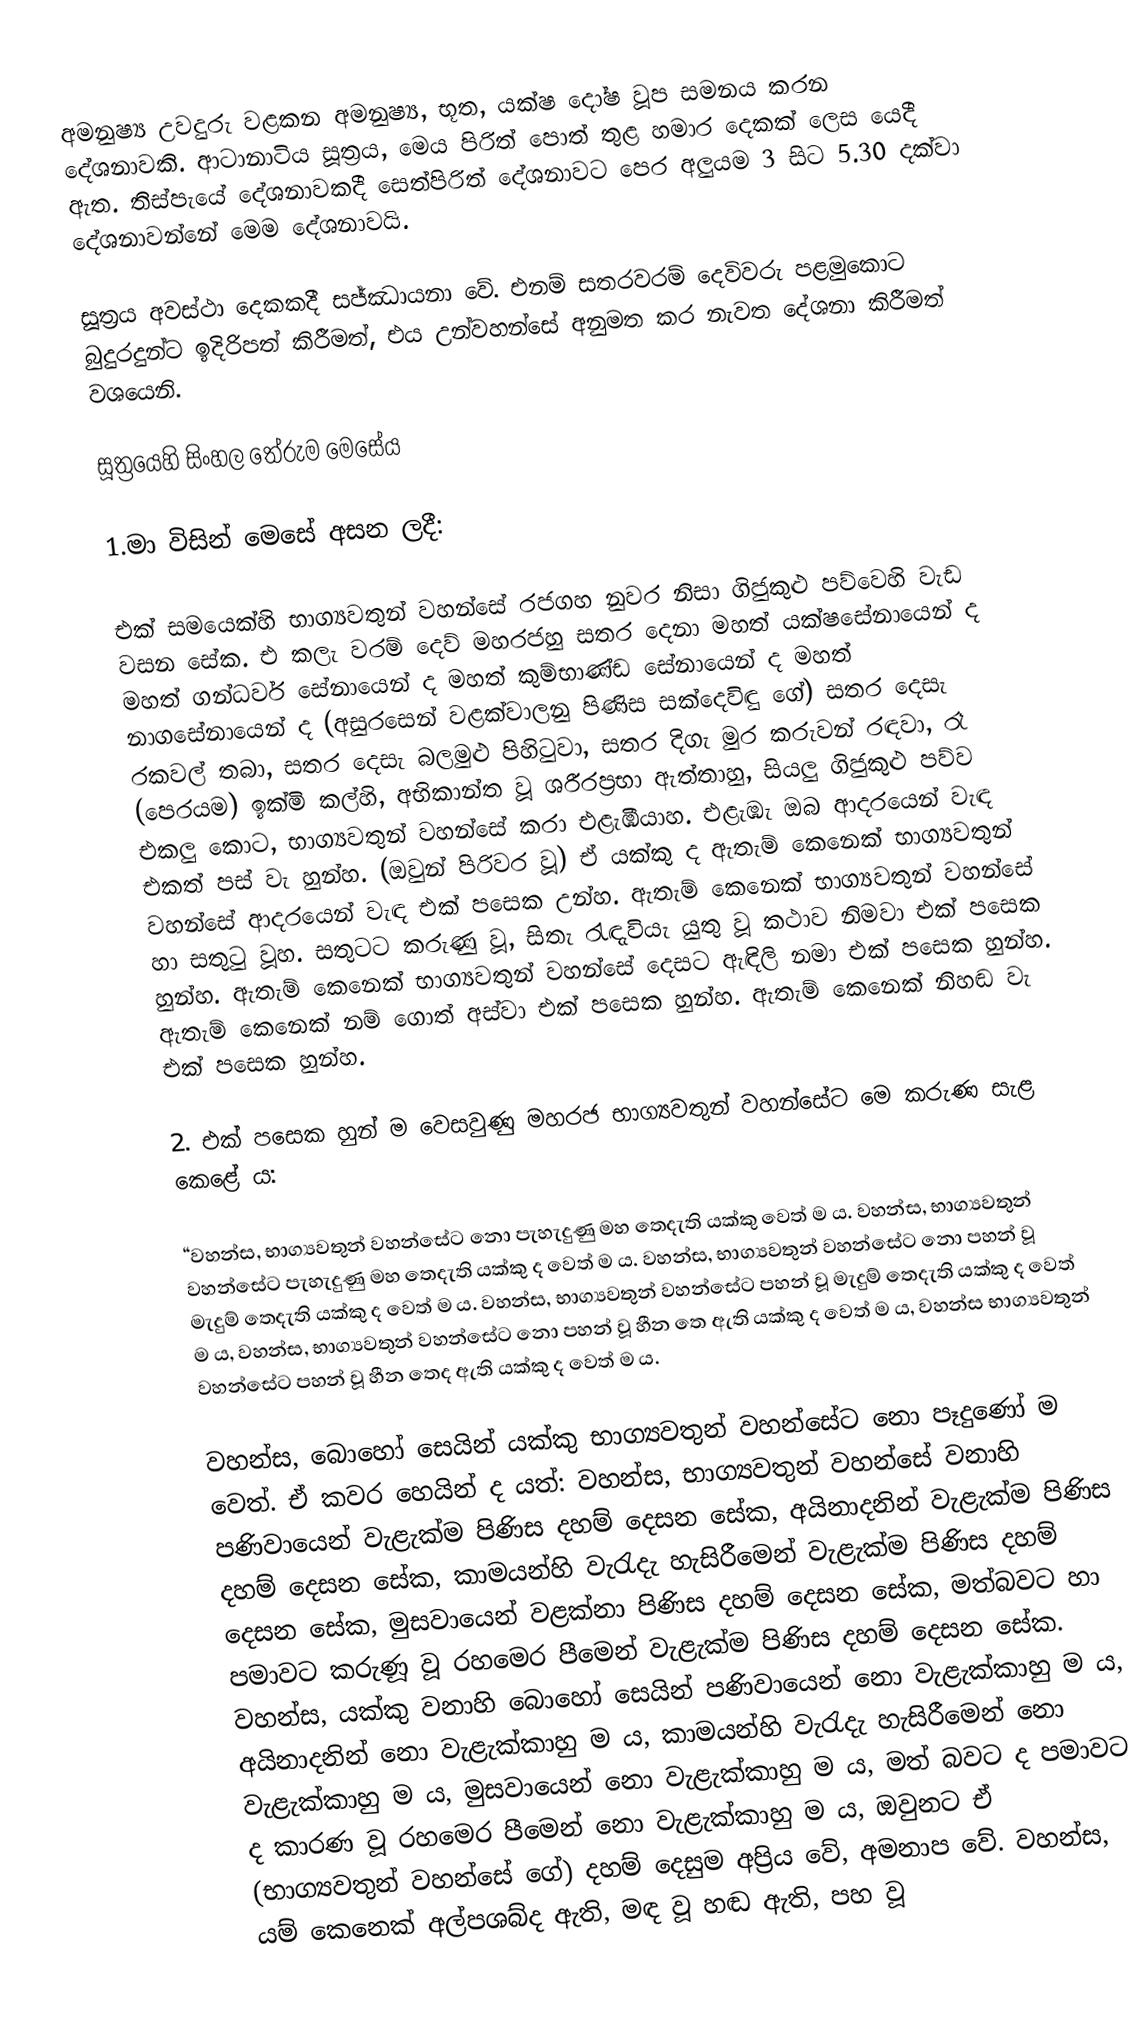
අමනුෂ්‍ය උවදුරු වළකන අමනුෂ්‍ය, භූත, යක්ෂ දෝෂ වූප සමනය කරන දේශනාවකි. ආටානාටිය සූත්‍රය, මෙය පිරිත් පොත් තුළ හමාර දෙකක් ලෙස යෙදී ඇත. තිස්පැයේ දේශනාවකදී සෙත්පිරිත් දේශනාවට පෙර අලුයම 3 සිට 5.30 දක්වා දේශනාවන්නේ මෙම දේශනාවයි.

සූත්‍රය අවස්ථා දෙකකදී සජ්ඣායනා වේ. එනම් සතරවරම් දෙවිවරු පළමුකොට බුදුරදුන්ට ඉදිරිපත් කිරීමත්, එය උන්වහන්සේ අනුමත කර නැවත දේශනා කිරීමත් වශයෙනි.

සූත්‍රයෙහි සිංහල තේරුම මෙසේය

1.මා විසින් මෙසේ අසන ලදී:

එක් සමයෙක්හි භාග්‍යවතුන් වහන්සේ රජගහ නුවර නිසා ගිජුකුළු පව්වෙහි වැඩ වසන සේක. එ කලැ වරම් දෙව් මහරජහු සතර දෙනා මහත් යක්ෂසේනායෙන් ද මහත් ගන්ධර්ව සේනායෙන් ද මහත් කුම්භාණ්ඩ සේනායෙන් ද මහත් නාගසේනායෙන් ද (අසුරසෙන් වළක්වාලනු පිණිස සක්දෙවිඳු ගේ) සතර දෙසැ රකවල් තබා, සතර දෙසැ බලමුළු පිහිටුවා, සතර දිගැ මුර කරුවන් රඳවා, රෑ (පෙරයම) ඉක්මි කල්හි, අභිකාන්ත වූ ශරීරප්‍රභා ඇත්තාහු, සියලු ගිජුකුළු පව්ව එකලු කොට, භාග්‍යවතුන් වහන්සේ කරා එළැඹියාහ. එළැඹැ ඔබ ආදරයෙන් වැඳ එකත් පස් වැ හුන්හ. (ඔවුන් පිරිවර වූ) ඒ යක්කු ද ඇතැම් කෙනෙක් භාග්‍යවතුන් වහන්සේ ආදරයෙන් වැඳ එක් පසෙක උන්හ. ඇතැම් කෙනෙක් භාග්‍යවතුන් වහන්සේ හා සතුටු වූහ. සතුටට කරුණු වූ, සිතැ රැඳැවියැ යුතු වූ කථාව නිමවා එක් පසෙක හුන්හ. ඇතැම් කෙනෙක් භාග්‍යවතුන් වහන්සේ දෙසට ඇඳිලි නමා එක් පසෙක හුන්හ. ඇතැම් කෙනෙක් නම් ගොත් අස්වා එක් පසෙක හුන්හ. ඇතැම් කෙනෙක් නිහඬ වැ එක් පසෙක හුන්හ.

2. එක් පසෙක හුන් ම වෙසවුණු මහරජ භාග්‍යවතුන් වහන්සේට මෙ කරුණ සැළ කෙළේ ය:

“වහන්ස, භාග්‍යවතුන් වහන්සේට නො පැහැදුණු මහ තෙදැති යක්කු වෙත් ම ය. වහන්ස, භාග්‍යවතුන් වහන්සේට පැහැදුණු මහ තෙදැති යක්කු ද වෙත් ම ය. වහන්ස, භාග්‍යවතුන් වහන්සේට නො පහන් වූ මැදුම් තෙදැති යක්කු ද වෙත් ම ය. වහන්ස, භාග්‍යවතුන් වහන්සේට පහන් වූ මැදුම් තෙදැති යක්කු ද වෙත් ම ය, වහන්ස, භාග්‍යවතුන් වහන්සේට නො පහන් වූ හීන තෙ ඇති යක්කු ද වෙත් ම ය, වහන්ස භාග්‍යවතුන් වහන්සේට පහන් වූ හීන තෙද ඇති යක්කු ද වෙත් ම ය.

වහන්ස, බොහෝ සෙයින් යක්කු භාග්‍යවතුන් වහන්සේට නො පෑදුණෝ ම වෙත්. ඒ කවර හෙයින් ද යත්: වහන්ස, භාග්‍යවතුන් වහන්සේ වනාහි පණිවායෙන් වැළැක්ම පිණිස දහම් දෙසන සේක, අයිනාදනින් වැළැක්ම පිණිස දහම් දෙසන සේක, කාමයන්හි වැරැදැ හැසිරීමෙන් වැළැක්ම පිණිස දහම් දෙසන සේක, මුසවායෙන් වළක්නා පිණිස දහම් දෙසන සේක, මත්බවට හා පමාවට කරුණූ වූ රහමෙර පීමෙන් වැළැක්ම පිණිස දහම් දෙසන සේක. වහන්ස, යක්කු වනාහි බොහෝ සෙයින් පණිවායෙන් නො වැළැක්කාහු ම ය, අයිනාදනින් නො වැළැක්කාහු ම ය, කාමයන්හි වැරැදැ හැසිරීමෙන් නො වැළැක්කාහු ම ය, මුසවායෙන් නො වැළැක්කාහු ම ය, මත් බවට ද පමාවට ද කාරණ වූ රහමෙර පීමෙන් නො වැළැක්කාහු ම ය, ඔවුනට ඒ (භාග්‍යවතුන් වහන්සේ ගේ) දහම් දෙසුම අප්‍රිය වේ, අමනාප වේ. වහන්ස, යම් කෙනෙක් අල්පශබ්ද ඇති, මඳ වූ හඬ ඇති, පහ වූ